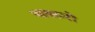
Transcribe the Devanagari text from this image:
भावरूपों